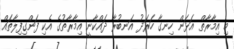
މި އިމާރާތް އަޅަން ހިނގާ ހަރަދު އަނބުރާ ދައްކާނީ އިމާރާތުގެ އެކި ފަންގިފިލާތައް